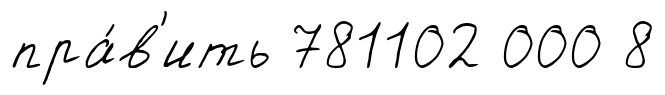
пра́в'ить 781102 000 8